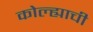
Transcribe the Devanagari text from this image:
कोल्ह्याची